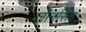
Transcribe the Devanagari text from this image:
जॉनसिंह